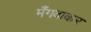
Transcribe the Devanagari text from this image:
मँगवाकर